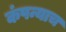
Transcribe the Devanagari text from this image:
कंपन्याच